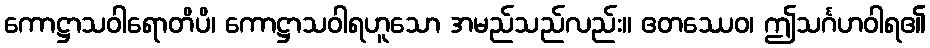
ကောဋ္ဌာသဝါရောတိပိ၊ ကောဋ္ဌာသဝါရဟူသော အမည်သည်လည်း။ ဧတဿေဝ၊ ဤသင်္ဂဟဝါရ၏